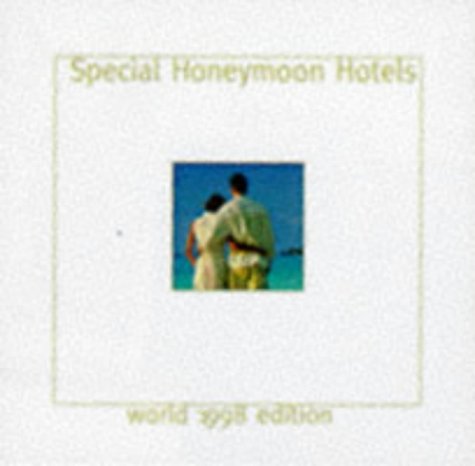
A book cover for Special Honeymoon Hotels: World 1998 Edition; Cadogan Books; Crafts, Hobbies & Home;